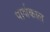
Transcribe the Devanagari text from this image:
पार्श्वकाल